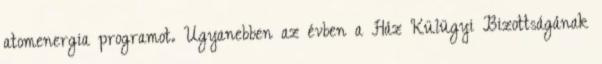
atomenergia programot. Ugyanebben az évben a Ház Külügyi Bizottságának